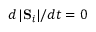
{ d \left| \mathbf { S } _ { i } \right| } / { d t } = 0